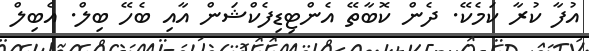
އުފާ ކުރާ ކަމެކޭ. ދެން ކޮބާތޭ އެންޓިޑިފެކްޝަން އާއި ބެހޭ ބިލް. އެބިލް